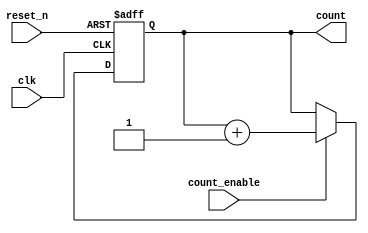
module async_counter (
    input wire clk,            // Clock input
    input wire reset_n,        // Asynchronous reset (active low)
    input wire count_enable,   // Count enable input
    output reg [N-1:0] count   // Output count value
);
    parameter N = 4; // Number of bits for the counter (can be adjusted)

    always @(posedge clk or negedge reset_n) begin
        if (!reset_n) begin
            count <= 0; // Reset count to 0 on reset
        end else if (count_enable) begin
            count <= count + 1; // Increment count on clock edge if enabled
        end
    end

endmodule